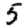
Digit: 5